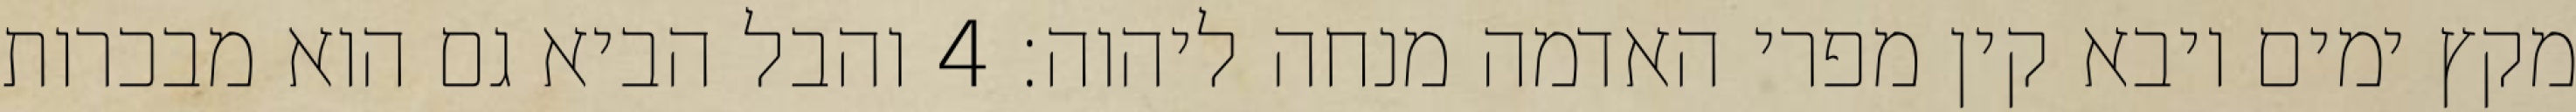
מקץ ימים ויבא קין מפרי האדמה מנחה ליהוה׃ ‎4‏ והבל הביא גם הוא מבכרות